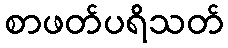
စာဖတ်ပရိသတ်